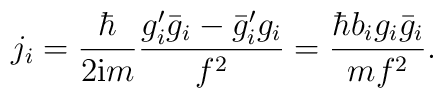
j_{i}=\frac{\hbar}{2{\rm i}m}\frac{g_{i}'\bar{g}_{i}-\bar{g}_{i}'g_{i}}{f^{2}}=\frac{\hbar b_{i}g_{i}\bar{g}_{i}}{mf^{2}}.